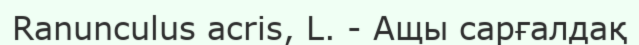
Ranunculus acris, L. - Ащы сарғалдақ